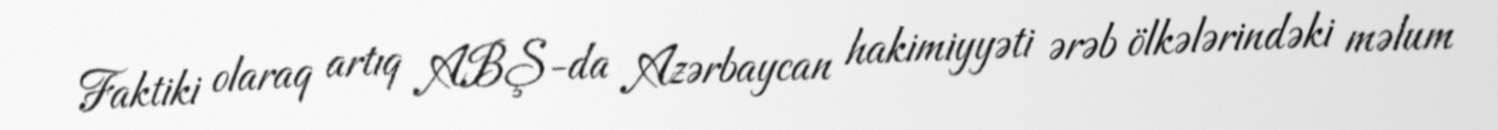
Faktiki olaraq artıq ABŞ-da Azərbaycan hakimiyyəti ərəb ölkələrindəki məlum